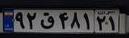
۹۲ق۴۸۱۲۱